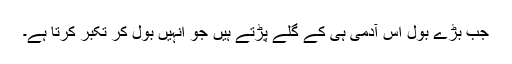
جب بڑے بول اس آدمی ہی کے گلے پڑتے ہیں جو انہیں بول کر تکبر کرتا ہے۔